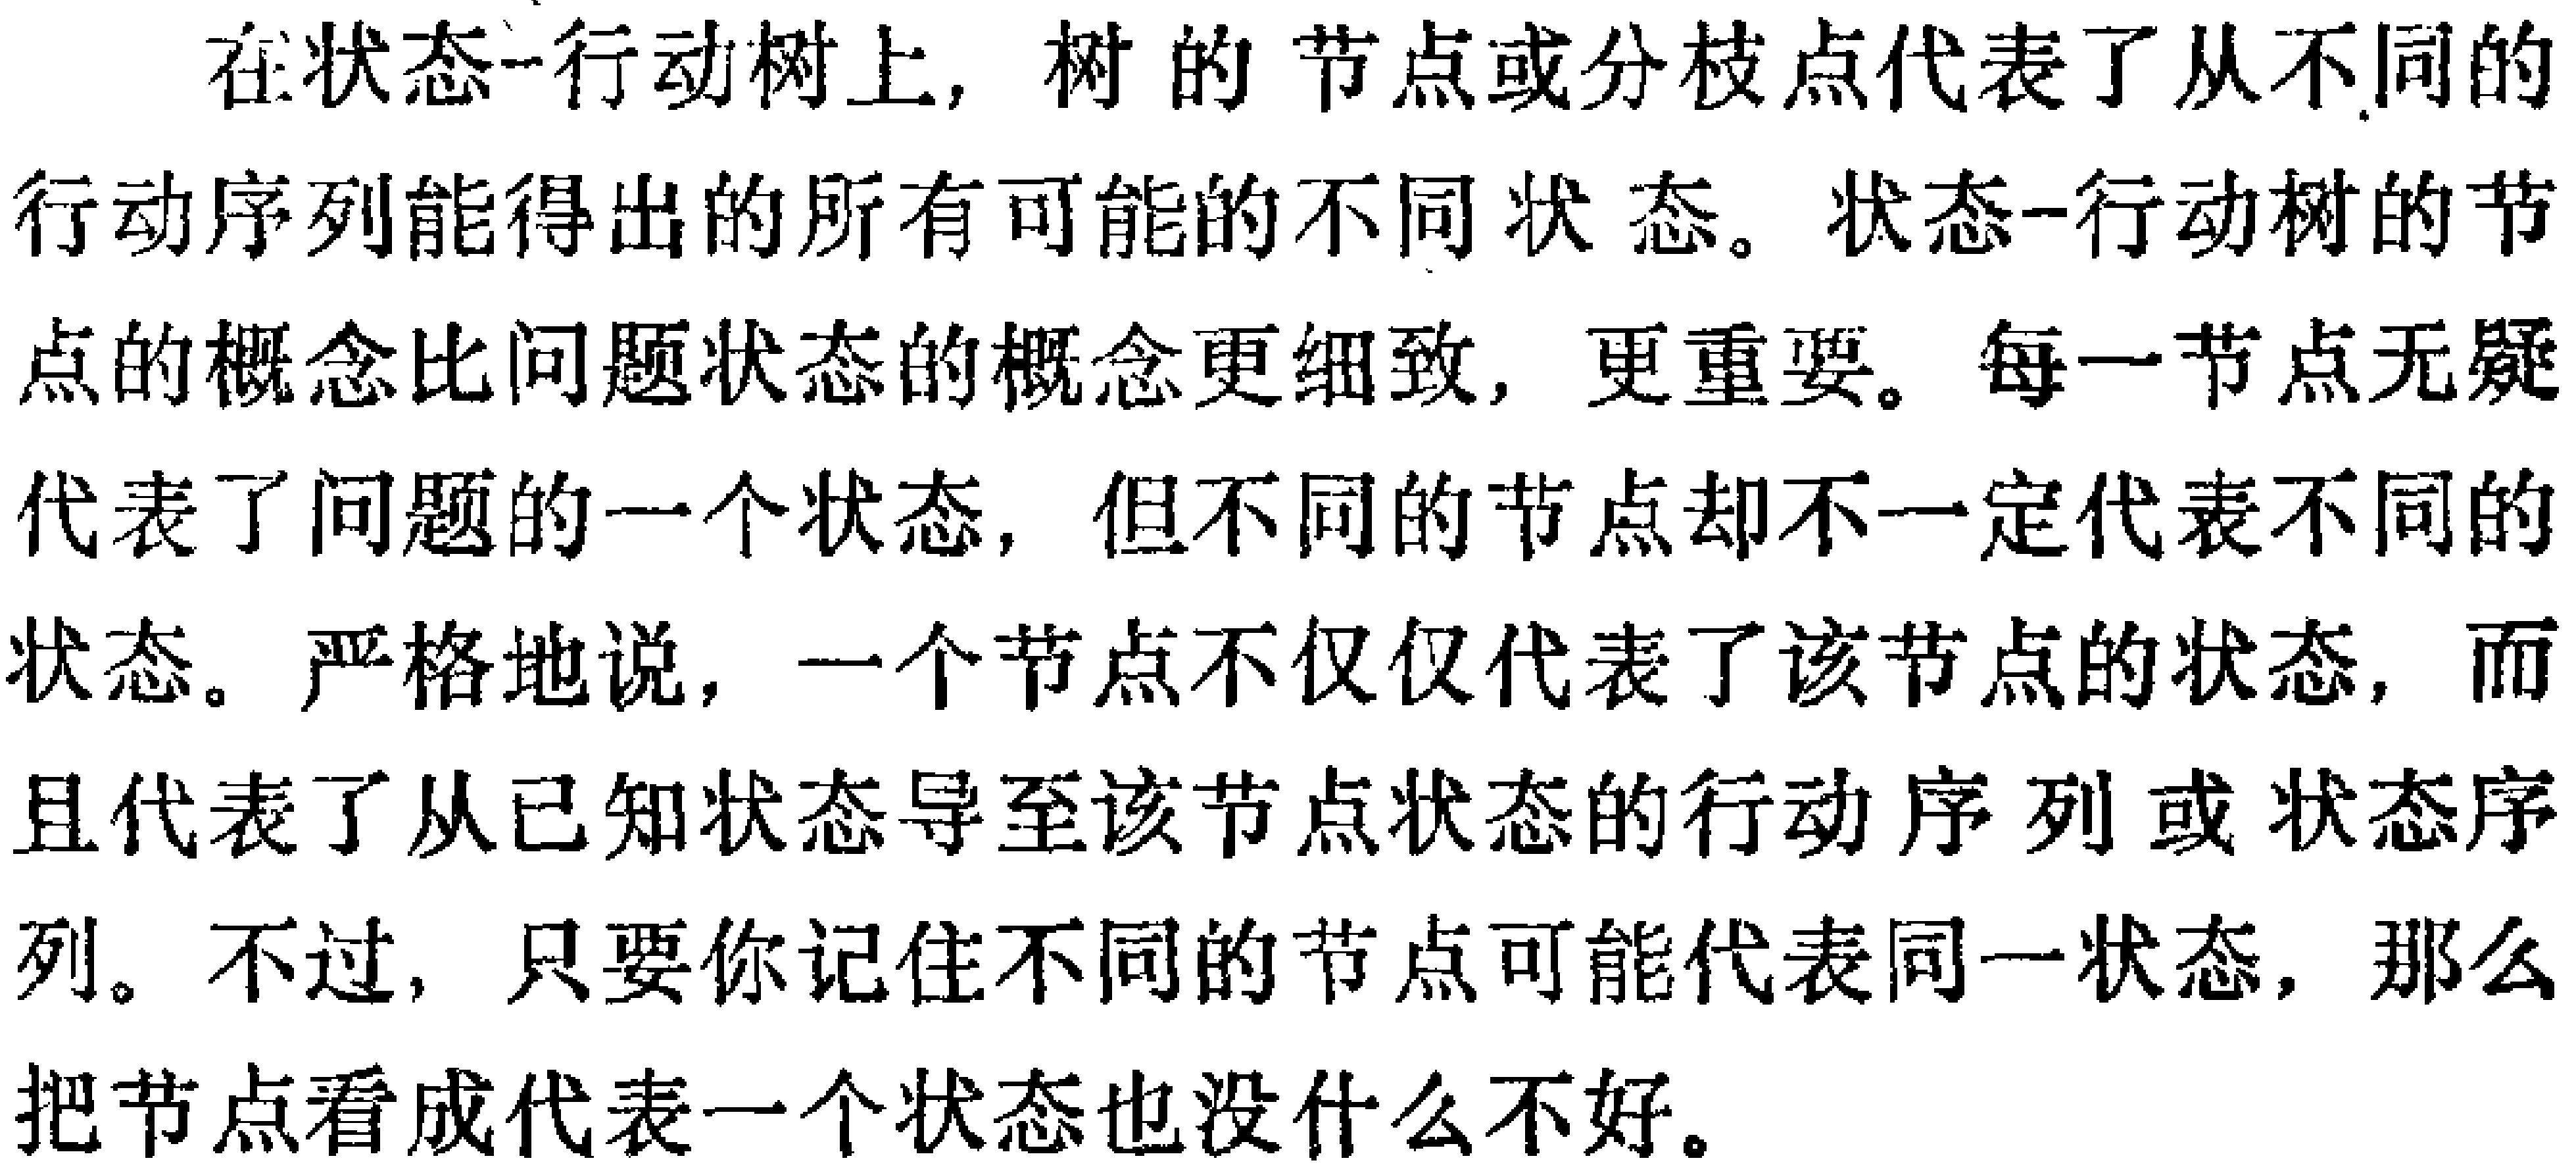
在状态-行动树上，树的节点或分枝点代表了从不同的行动序列能得出的所有可能的不同状态。状态-行动树的节点的概念比问题状态的概念更细致，更重要。每一节点无疑代表了问题的一个状态，但不同的节点却不一定代表不同的状态。严格地说，一个节点不仅仅代表了该节点的状态，而且代表了从已知状态导至该节点状态的行动序列或状态序列。不过，只要你记住不同的节点可能代表同一状态，那么把节点看成代表一个状态也没什么不好。